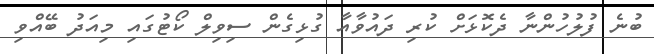
ބުނެ ފުލުހުންނާ ދެކޮޅަށް ކުރި ދައުވާއާ ގުޅިގެން ސިވިލް ކޯޓުގައި މިއަދު ބޭއްވި